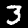
Digit: 3